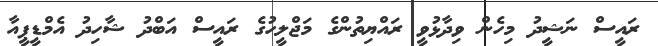
ރައީސް ނަޝީދު މިހެން ވިދާޅުވީ ރައްޔިތުންގެ މަޖްލީހުގެ ރައީސް އަބްދު ޝާހިދު އެމްޑީޕީއާ